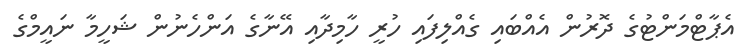
އެޕާޓްމަންޓުގެ ދޮރުން އެއްބައި ގެއްލިފައި ހުރީ ހާމިދާއި އޭނާގެ އަންހެނުން ޝަހީމާ ނައީމްގެ